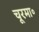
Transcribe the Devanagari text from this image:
चूरमा॰